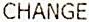
CHANGE